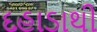
દહાડાથી